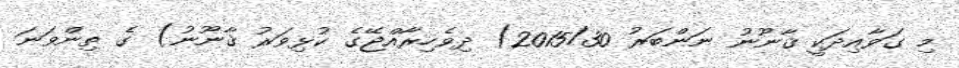
މި ގަވާއިދަކީ ޤާނޫނު ނަންބަރު 2015/30) ދިވެހިރާއްޖޭގެ ކުޅިވަރު ޤާނޫނު) ގެ ތިންވަނަ